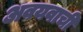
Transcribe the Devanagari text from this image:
अवयवाची